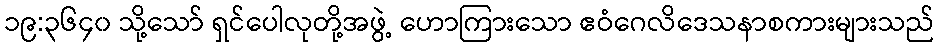
၁၉:၃၆၄၀ သို့သော် ရှင်ပေါလုတို့အဖွဲ့ ဟောကြားသော ဧဝံဂေလိဒေသနာစကားများသည်